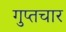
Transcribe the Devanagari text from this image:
गुप्तचार